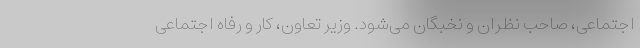
اجتماعی، صاحب نظران و نخبگان می‌شود. وزیر تعاون، کار و رفاه اجتماعی